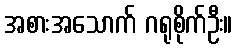
အစားအသောက် ဂရုစိုက်ဦး။